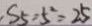
\cdot S _ { 5 } = 5 ^ { 2 } = 2 5